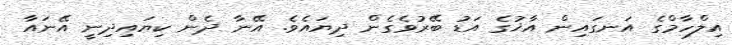
އިލްހާމްގެ އަނގައިން އާޚުގެ އަޑު ބޭރުވެގެން ދިޔައެވެ. އޭނާ ދެން ކިޔައިދިނީ އޭނައާ